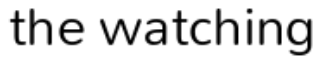
the watching